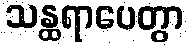
သန္ထရာပေတွာ